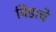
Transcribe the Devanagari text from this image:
बिडाचे